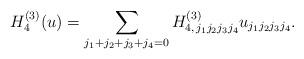
LaTeX: \begin{align*}H^{(3)}_4(u)=\sum_{j_1+j_2+j_3+j_4=0} H^{(3)}_{4, \,j_1 j_2 j_3 j_4} u_{j_1 j_2 j_3 j_4}.\end{align*}